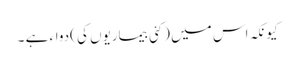
کیونکہ اس میں (کئی بیماریوں کی )دواء ہے ۔